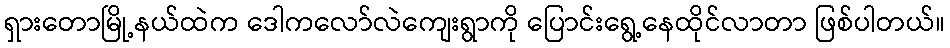
ရှားတောမြို့နယ်ထဲက ဒေါကလော်လဲကျေးရွာကို ပြောင်းရွေ့နေထိုင်လာတာ ဖြစ်ပါတယ်။